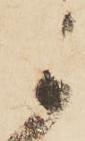
か